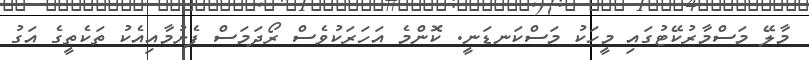
މާލޭ މަސްމާރުކޭޓުގައި މީހަކު މަސްކަނޑަނީ. ކޮންމެ އަހަރަކުވެސް ރޯދަމަސް ފެށުމާއިއެކު ތަކެތީގެ އަގު